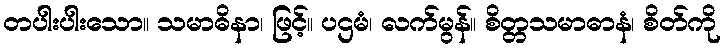
တပါးပါးသော။ သမာဓိနာ၊ ဖြင့်။ ပဌမံ၊ လက်မွန်။ စိတ္တသမာဓာနံ၊ စိတ်ကို